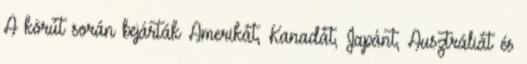
A körút során bejárták Amerikát, Kanadát, Japánt, Ausztráliát és